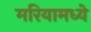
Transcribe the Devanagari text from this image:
मरियामध्ये